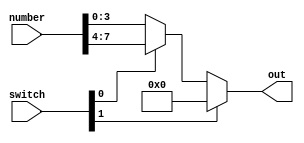
module Light_led(switch, number, out);
	input [1:0] switch;
	input [7:0] number;
	output reg [3:0] out;
	
	always @(*)
		if (switch[1] == 0) // preset
			if (switch[0] == 0) // low
				out <= number[3:0];
			else // high
				out <= number[7:4];
		else // solve
			out <= 4'h0;
	
endmodule